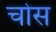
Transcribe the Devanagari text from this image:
चोस